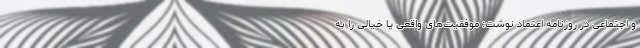
و اجتماعی در روزنامه اعتماد نوشت: موفقیت‌های واقعی یا خیالی را به